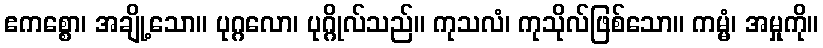
ဧကစ္စော၊ အချို့သော။ ပုဂ္ဂလော၊ ပုဂ္ဂိုလ်သည်။ ကုသလံ၊ ကုသိုလ်ဖြစ်သော။ ကမ္မံ၊ အမှုကို။